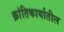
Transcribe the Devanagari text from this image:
क्रांतिकार्यातील